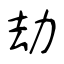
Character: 劫